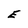
Character: E